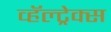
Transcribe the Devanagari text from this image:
व्हॅल्ट्रेक्स